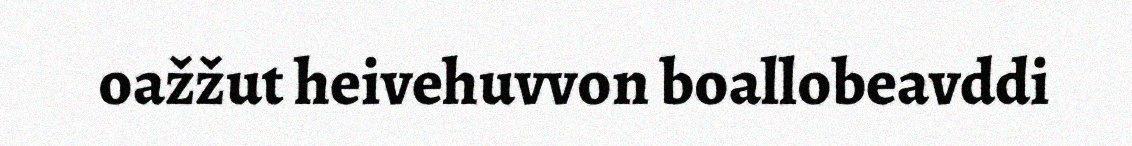
oažžut heivehuvvon boallobeavddi